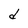
Character: d